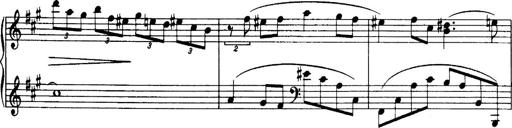
Title: 3 Sonatinas, Op.67
Composer: Jean Sibelius